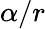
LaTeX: \alpha/r